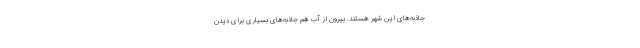
جاذبه‌های این شهر هستند. بیرون از آب هم جاذبه‌های بسیاری برای دیدن